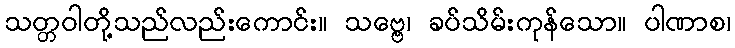
သတ္တဝါတို့သည်လည်းကောင်း။ သဗ္ဗေ၊ ခပ်သိမ်းကုန်သော။ ပါဏာစ၊